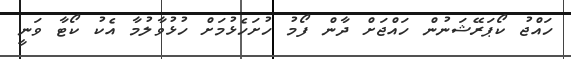
ހައްޖު ކޯޕަރޭޝަނުން ހައްޖަށް ދާން ފޯމު ހުށަހެޅުމަށް ހުޅުވާލުމާ އެކު ކޯޓާ ވަނީ